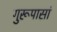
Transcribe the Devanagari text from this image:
गुरूपासां